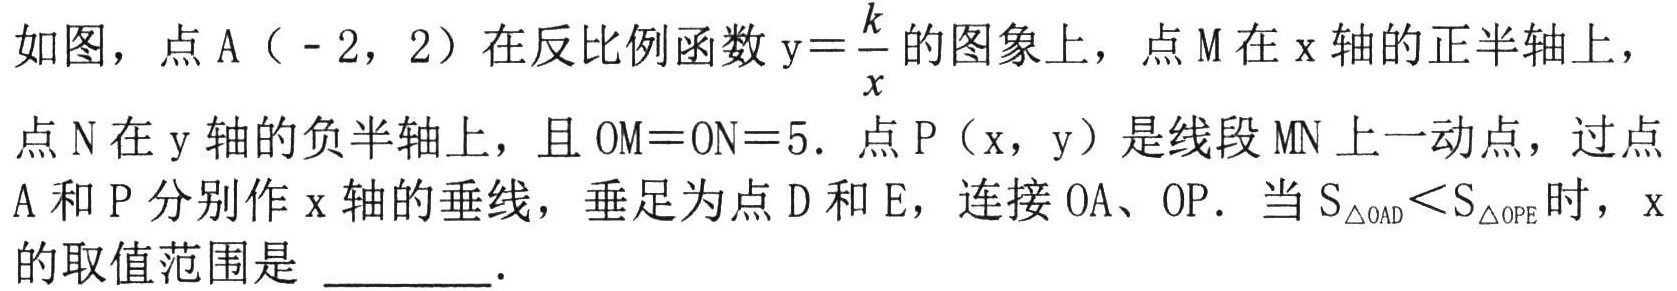
如图，点\(A(-2,2)\)在反比例函数\(y = \frac{k}{x}\)的图象上，点\(M\)在\(x\)轴的正半轴上，点\(N\)在\(y\)轴的负半轴上，且\(OM = ON = 5\)．点\(P(x,y)\)是线段\(MN\)上一动点，过点\(A\)和\(P\)分别作\(x\)轴的垂线，垂足为点\(D\)和\(E\)，连接\(OA\)、\(OP\)．当\(S_{\triangle OAD}<S_{\triangle OPE}\)时，\(x\)的取值范围是 \_\_\_\_\_ ．